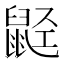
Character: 𬹭